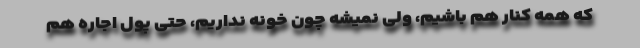
که همه کنار هم باشیم، ولی نمیشه چون خونه نداریم، حتی پول اجاره هم